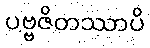
ပဗ္ဗဇိတဿာပိ